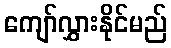
ကျော်လွှားနိုင်မည်